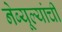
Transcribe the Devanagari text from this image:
नेब्यूल्यांची